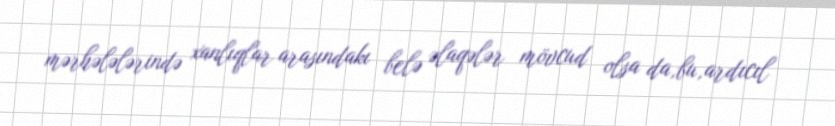
mərhələlərində xanlıqlar arasındakı belə əlaqələr mövcud olsa da,bu,ardıcıl